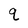
Character: q